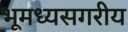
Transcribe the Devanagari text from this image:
भूमध्यसगरीय